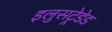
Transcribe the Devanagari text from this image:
इलुसट्रेडेड